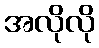
အလိုလို